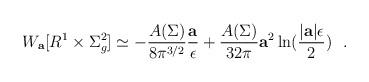
LaTeX: \begin{align*}W_{\bf a}[R^1\times \Sigma^2_g ]\simeq -{A(\Sigma)\over 8\pi^{3/2}} {{\bf a}\over \epsilon}+{A(\Sigma)\over 32\pi}{\bf a}^2\ln ({|{\bf a}|\epsilon\over 2})~~.\end{align*}